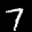
Label: 7